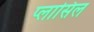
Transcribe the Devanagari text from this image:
प्लासिल